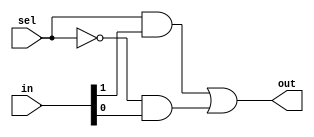
module Mux21 (out, in, sel);


input [1:0] in;

input sel;

output out;


wire a0,a1,ns;


not not1(ns,sel);

and and1(a0,sel,in[1]);

and and2(a1,ns,in[0]);

or or1(out,a0,a1);


endmodule